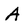
Character: A